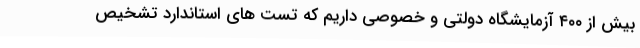
بیش از ۴۰۰ آزمایشگاه دولتی و خصوصی داریم که تست های استاندارد تشخیص